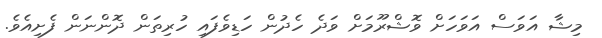
މިޝާ އަވަސް އަވަހަށް ވޮޝްރޫމަށް ވަދެ ހެދުން ހަޑިވެފައި ހުރިތަން ދޮންނަން ފެށިއެވެ.